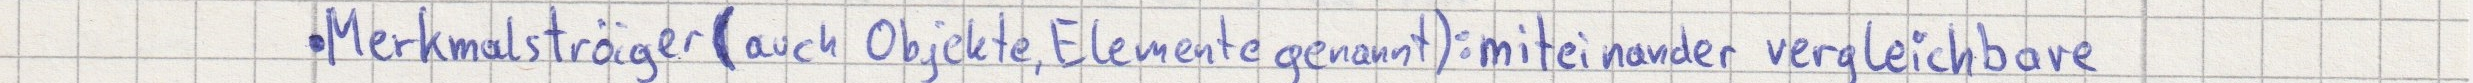
Merkmalsträger (auch Objekte, Elemente genannt): miteinander vergleichbare